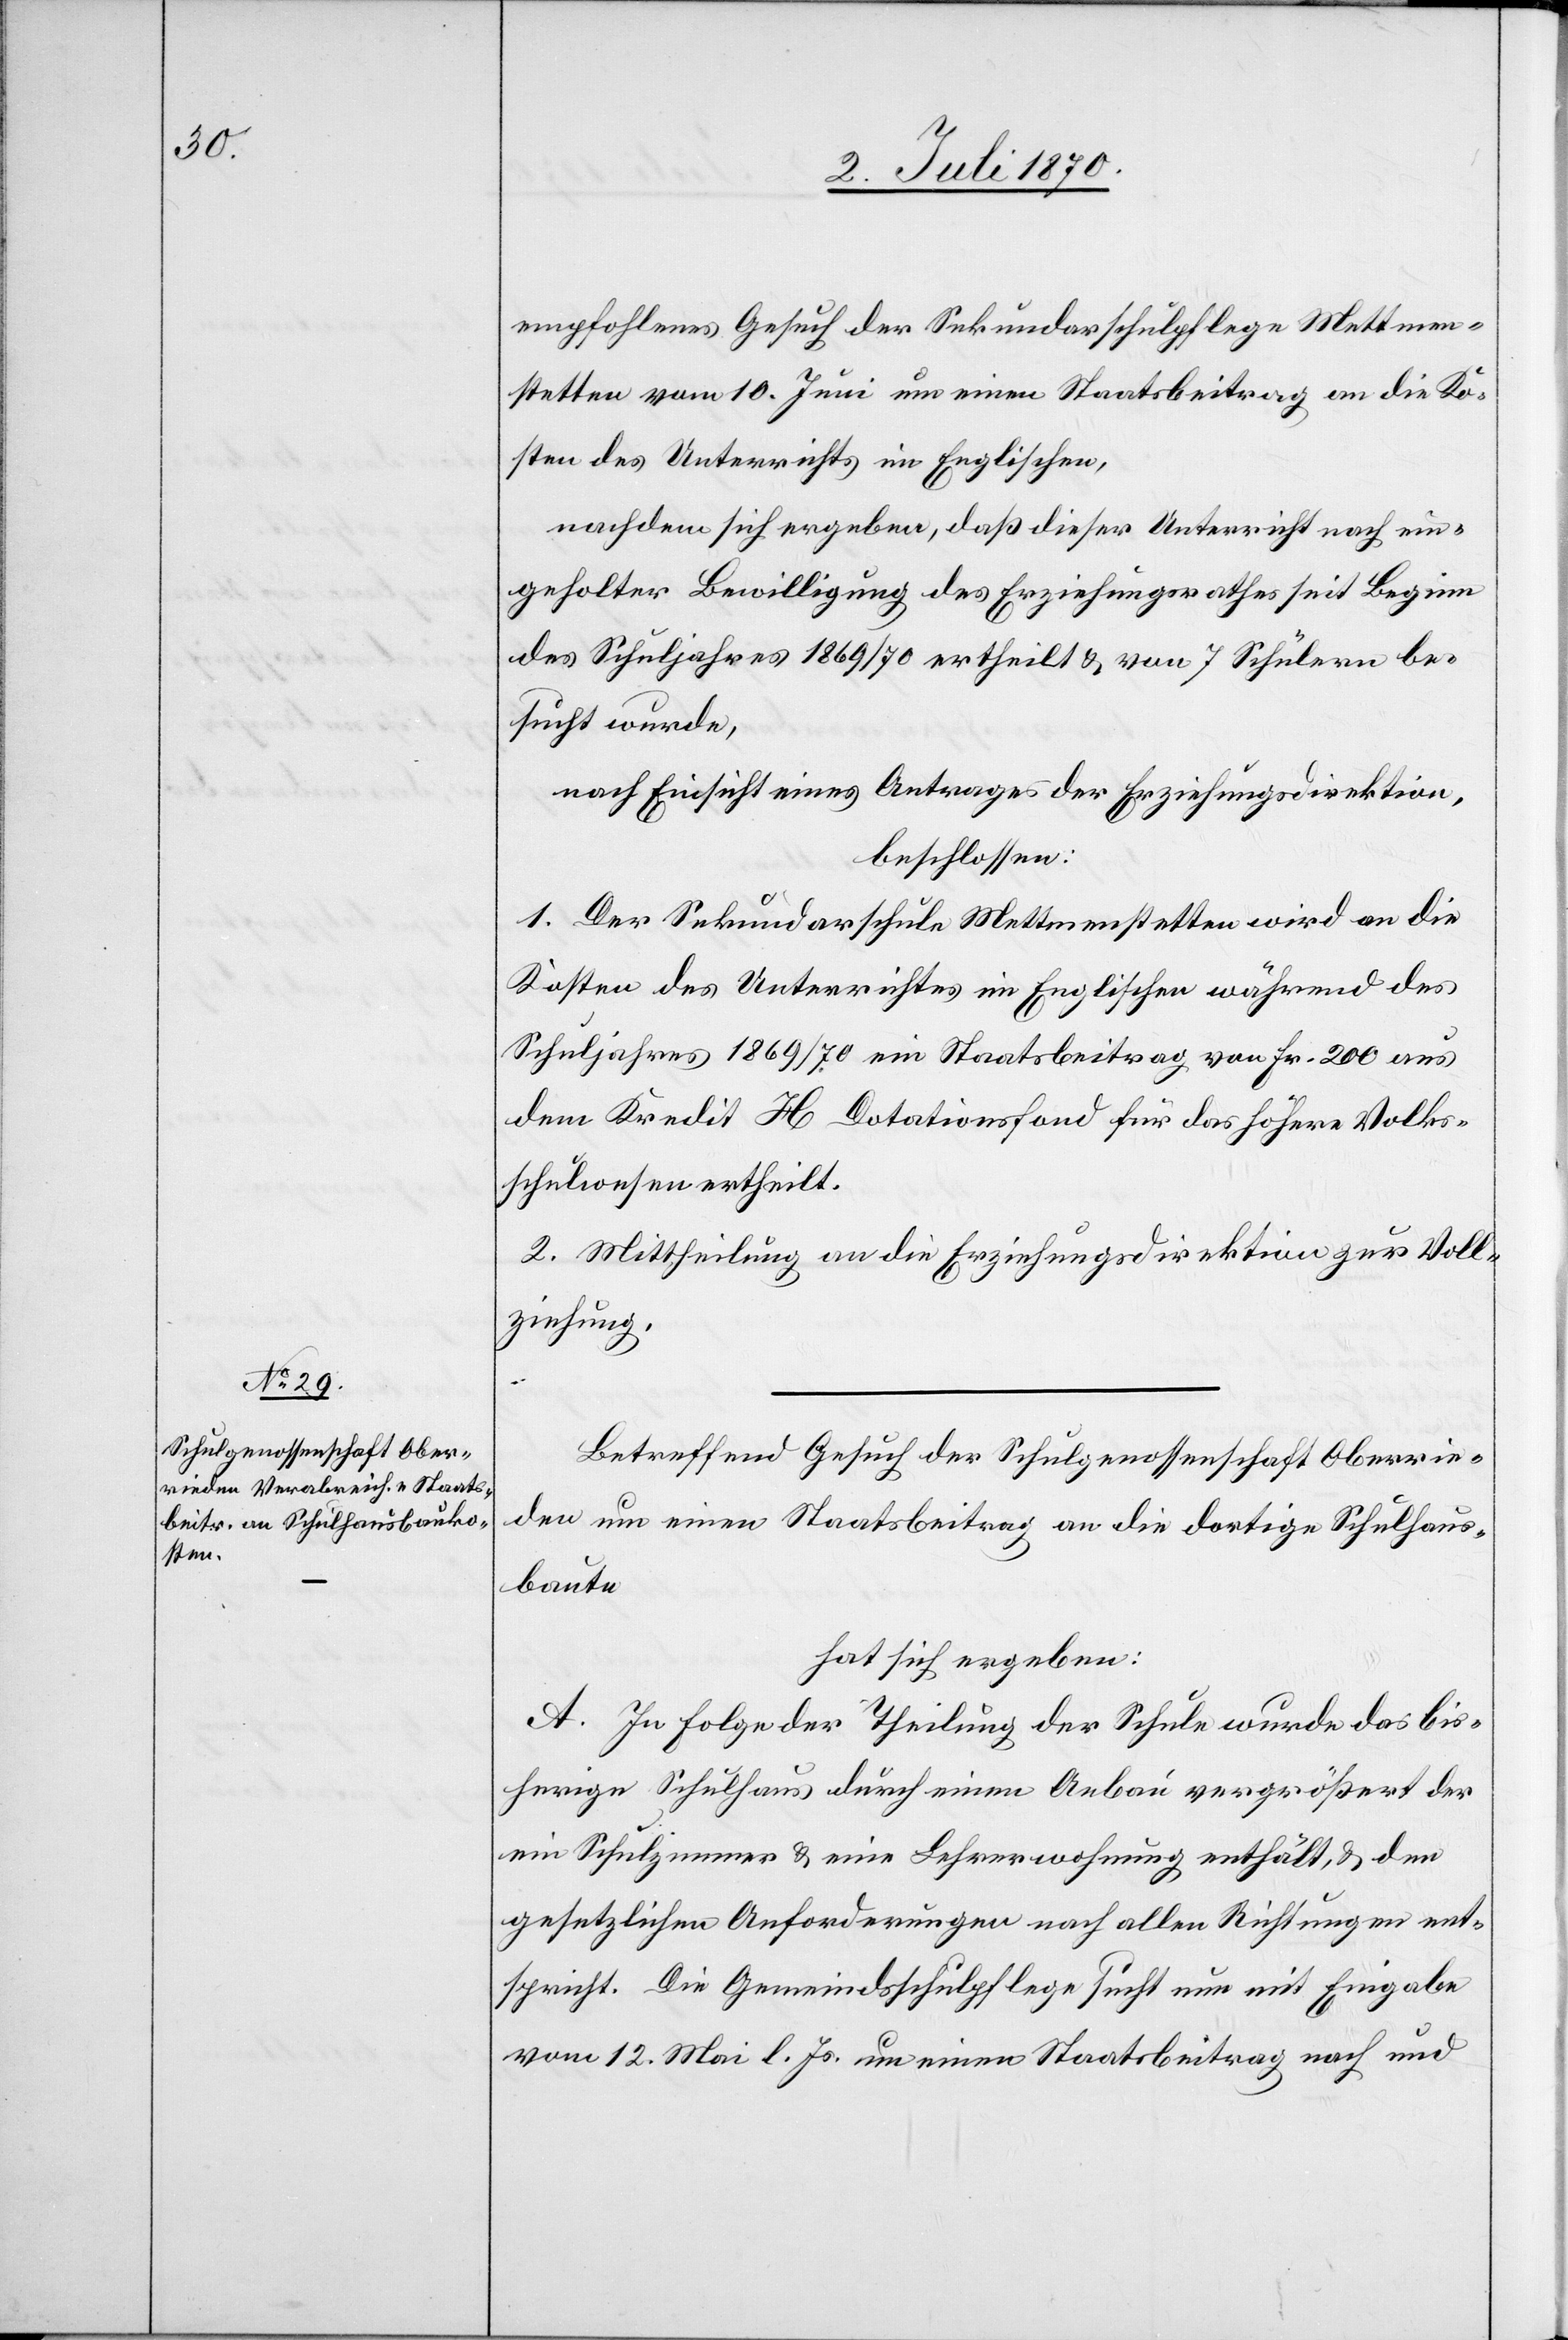
empfohlenes Gesuch der Sekundarschulpflege Mettmen¬
stetten vom 10. Juni um einen Staatsbeitrag an die Ko¬
sten des Unterrichts im Englischen,
nachdem sich ergeben, daß dieser Unterricht nach ein¬
geholter Bewilligung des Erziehungsrathes seit Beginn
des Schuljahres 1869/70 ertheilt & von 7 Schülern be¬
sucht wurde,
nach Einsicht eines Antrages der Erziehungsdirektion,
beschlossen:
1. Der Sekundarschule Mettmentstetten wird an die
Kosten des Unterrichts im Englischen während des
Schuljahres 1869/70 ein Staatsbeitrag von Fr. 200 aus
dem Kredit H. Dotationsfond für das höhere Volks¬
schulwesen ertheilt.
2. Mittheilung an die Erziehungsdirektion zur Voll¬
ziehung.